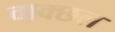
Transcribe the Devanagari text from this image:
वाक्छल